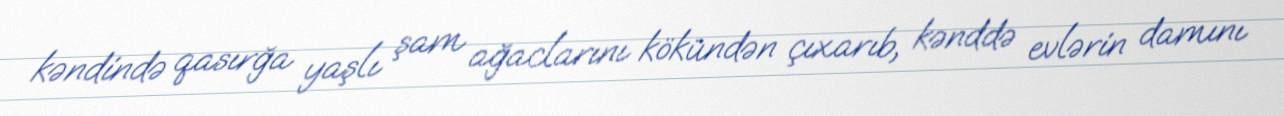
kəndində qasırğa yaşlı şam ağaclarını kökündən çıxarıb, kənddə evlərin damını